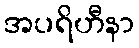
အပရိဟီနာ